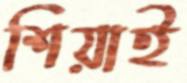
শিয়াই